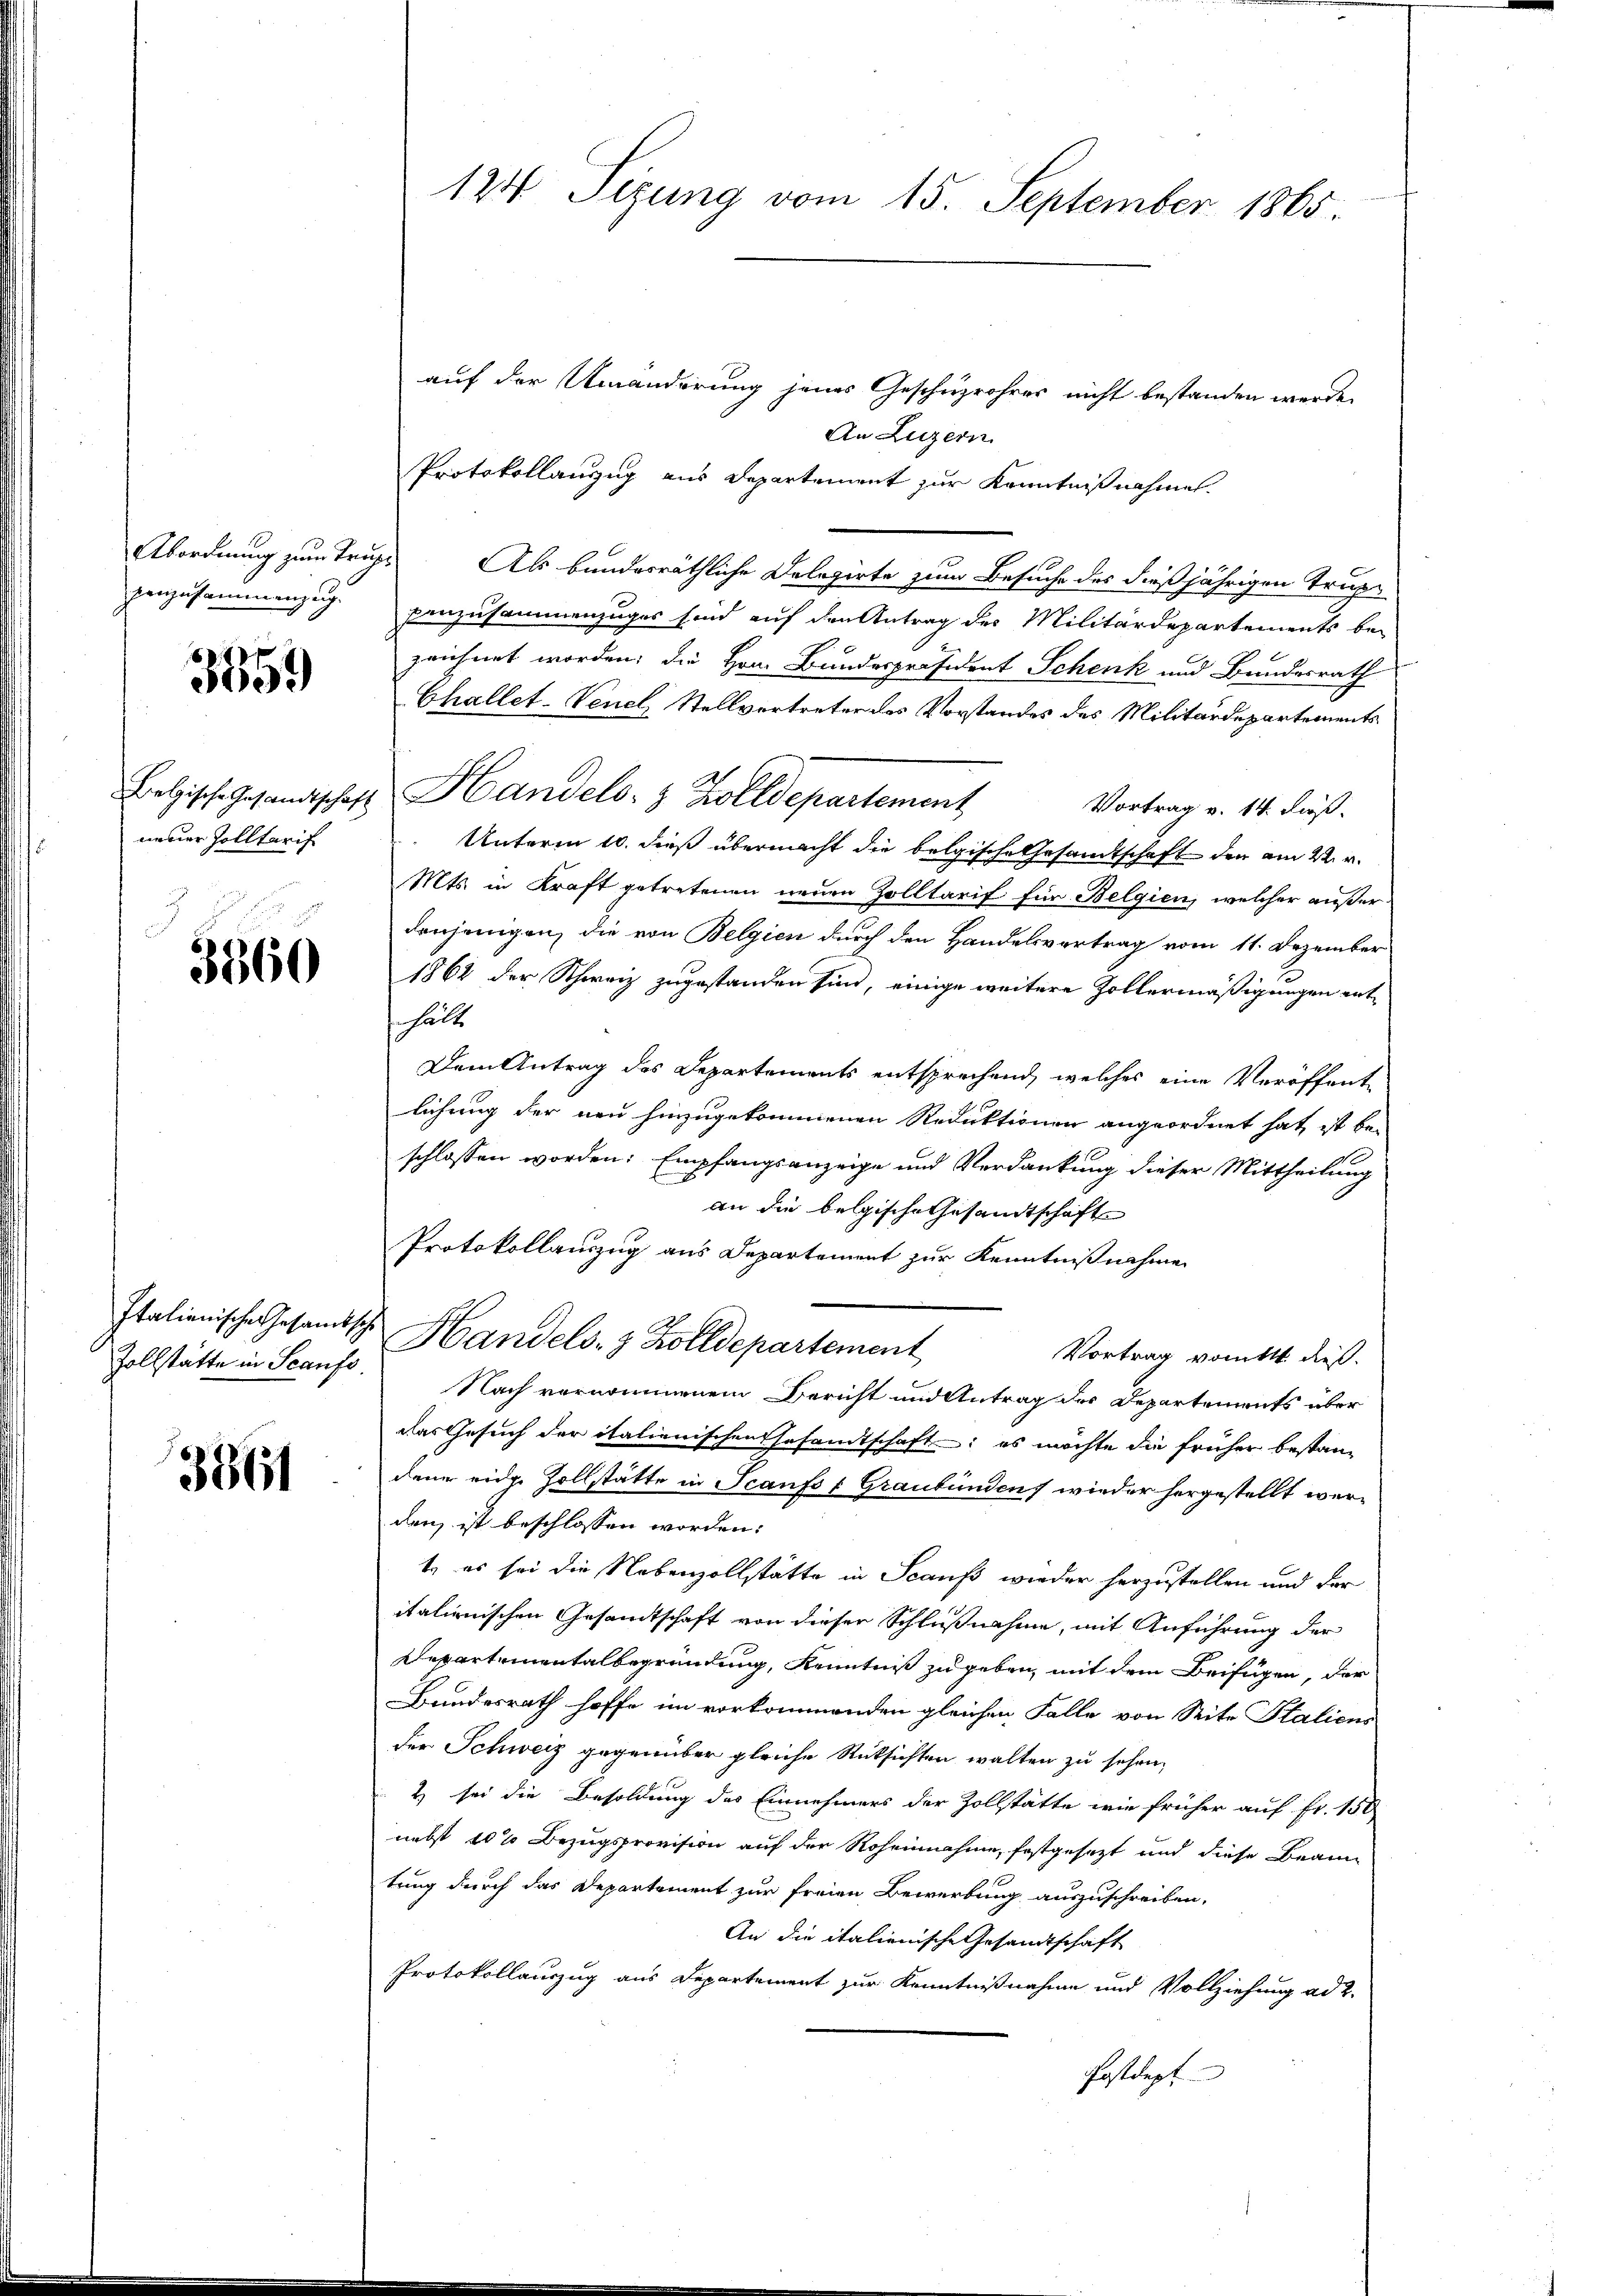
penzusammenzug.

3559

neuer Zolltarif

3360

Zollstätte in Scanfs.

3361

124 Sizung vom 15. September 1865.

auf der Umänderung jenes Geschüzrohres nicht bestanden werde.
An Luzern
Protokollanzug aus Departement zur Kenntnißnahmen.
Abordnung zum Trug. Als bunderräthliche Delegirte zum Besuche des dießjährigen Truppanzusammenzuges sind auf den Antrag des Militärdepartements bei
zeichnet worden; die Hrn. Bundespräsident Schenk und Bundesrath
Challet-Venel, Stellvertreter des Vorstandes des Militärdepartements
Belgische Gesandtschaft Handels- & Zolldepartement
Vortrag v. 14. Fuß.
Unterm 10. dieß übermacht die belgische Gesandtschaft den am 22. v.
Mts. in Kraft getretenen neuen Zolltarif für Belgien, welcher außerdenjenigen, die von Belgien durch den Handelsvertrag vom 11. Dezember
1864 der Schweiz zugestanden sind, einige weitere Zollermäßigungen ent¬
 hält
Dem Antrag des Departements entsprechend, welches eine Veröffent
lichung der neu hinzugekommenen Reduktionen angeordnet hat, ist be-
schlossen worden: Empfangsanzeige und Verdankung dieser Mittheilung
an die belgische Gesandtschafts
Protokollauszug aus Departement zur Kenntnißnahme
Italienische Gesandtsche Handels- & Zolldepartement
Vortrag vom 11 dieß.
Nach vernommenem Bericht und Antrag des Departements über
das Gesuch der italienischen Gesandtschaft; es möchte die früher bestandene eine Zollstätte in Scanfs & Graubünden, wieder hergestellt werden, ist beschlossen worden:
t, es sei die Nebenzollstätte in Scaufs wieder herzustellen und der
italienischen Gesandtschaft von dieser Schlußnahme, mit Anführung der
Departementalbegründung, Kenntniß zugeben, mit dem Beifügen, der
Bundesrath hoffe im vorkommenden gleichen Falle von Seite Staliens
der Schweiz gegenüber gleiche Rüksichten walten zu sehen,
2 sei die Besoldung des Einnehmers der Zollstätte wie früher auf Fr. 150
nebst 10% Bezugsprovision auf der Roheinnahme, festgesezt und diese Beam
tung durch das Departement zur freien Bewerbung auszuschreiben.
An die italienische Gesandtschaft
Protokollauszug aus Departement zur Kenntnißnahme und Vollziehung ad 2.
Postdept